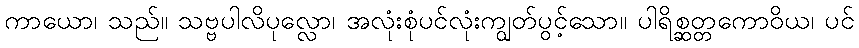
ကာယော၊ သည်။ သဗ္ဗပါလိပုလ္လော၊ အလုံးစုံပင်လုံးကျွတ်ပွင့်သော။ ပါရိစ္ဆတ္တကောဝိယ၊ ပင်